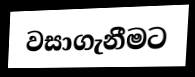
වසාගැනීමට